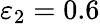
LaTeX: \varepsilon_{2}=0.6